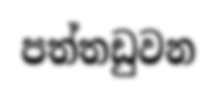
පත්තඩුවන